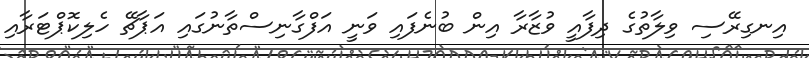
އިނގިރޭސި ވިލާތުގެ ދިފާއީ ވުޒާރާ އިން ބުނެފައި ވަނީ އަފްގާނިސްތާނުގައި އަޕާޗޭ ހެލިކޮޕްޓަރާއި